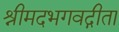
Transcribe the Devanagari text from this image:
श्रीमदभगवद्गीता